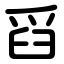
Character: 舀